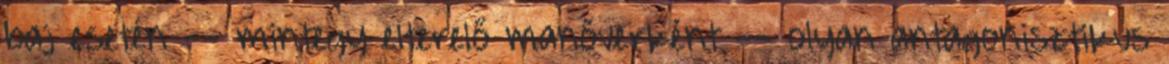
baj esetén -- mintegy elterelő manőverként -- olyan antagonisztikus